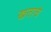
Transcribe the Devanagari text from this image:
खताचे